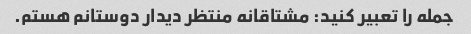
جمله را تعبیر کنید: مشتاقانه منتظر دیدار دوستانم هستم.